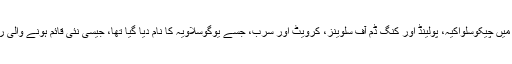
آسٹرین سلطنت نے 1929 میں چیکوسلواکیہ، پولینڈ اور کنگ ڈم آف سلوینز، کرویٹ اور سرب، جسے یوگوسلاویہ کا نام دیا گيا تھا، جیسی نئی قائم ہونے والی ریاستوں کو زمینیں دے دیں۔